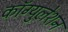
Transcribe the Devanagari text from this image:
कॉग्युलेशन